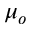
\mu _ { o }